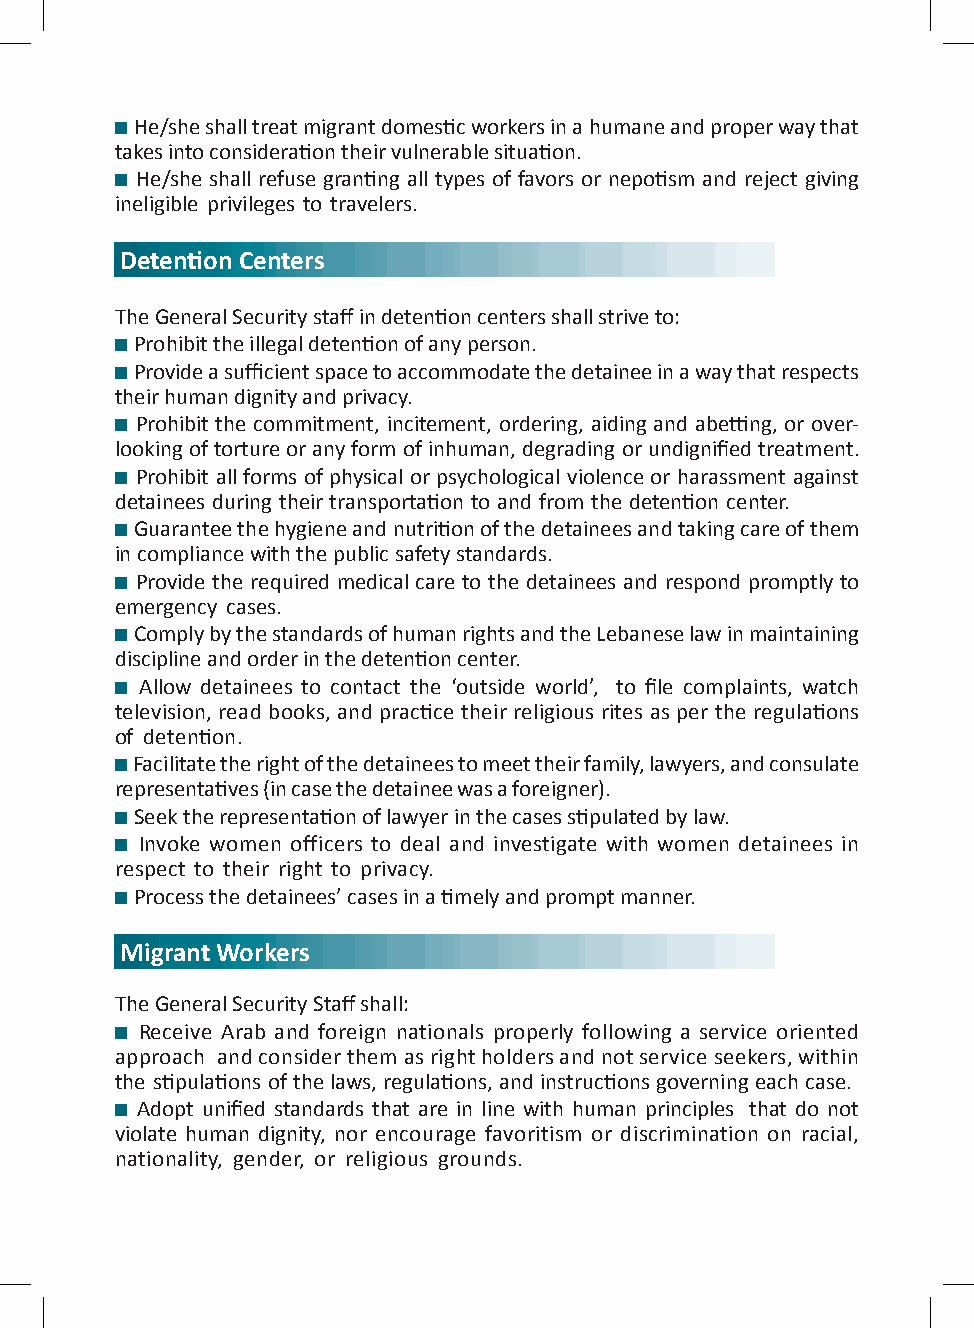
He/she shall treat migrant domestic workers in a humane and proper way that
 takes into consideration their vulnerable situation.
 He/she shall refuse granting all types of favors or nepotism and reject giving
 ineligible privileges to travelers.
 Detention Centers
 The General Security staff in detention centers shall strive to:
 Prohibit the illegal detention of any person.
 Provide a sufficient space to accommodate the detainee in a way that respects
 their human dignity and privacy.
 Prohibit the commitment, incitement, ordering, aiding and abetting, or over-
 looking of torture or any form of inhuman, degrading or undignified treatment.
 Prohibit all forms of physical or psychological violence or harassment against
 detainees during their transportation to and from the detention center.
 Guarantee the hygiene and nutrition of the detainees and taking care of them
 in compliance with the public safety standards.
 Provide the required medical care to the detainees and respond promptly to
 emergency cases.
 Comply by the standards of human rights and the Lebanese law in maintaining
 discipline and order in the detention center.
 Allow detainees to contact the ‘outside world’, to file complaints, watch
 television, read books, and practice their religious rites as per the regulations
 of detention.
 Facilitate the right of the detainees to meet their family, lawyers, and consulate
 representatives (in case the detainee was a foreigner).
 Seek the representation of lawyer in the cases stipulated by law.
 Invoke women officers to deal and investigate with women detainees in
 respect to their right to privacy.
 Process the detainees’ cases in a timely and prompt manner.
 Migrant Workers
 The General Security Staff shall:
 Receive Arab and foreign nationals properly following a service oriented
 approach and consider them as right holders and not service seekers, within
 the stipulations of the laws, regulations, and instructions governing each case.
 Adopt unified standards that are in line with human principles that do not
 violate human dignity, nor encourage favoritism or discrimination on racial,
 nationality, gender, or religious grounds.